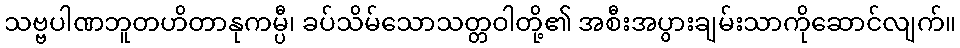
သဗ္ဗပါဏဘူတဟိတာနုကမ္ပီ၊ ခပ်သိမ်သောသတ္တဝါတို့၏ အစီးအပွားချမ်းသာကိုဆောင်လျက်။